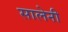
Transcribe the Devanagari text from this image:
सालेनी